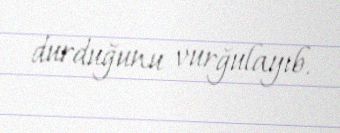
durduğunu vurğulayıb.